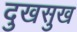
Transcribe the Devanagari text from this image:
दुखसुख